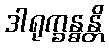
ဒါရုက္ခန္ဓန္တိ